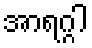
အာရဂ္ဂါ